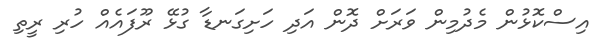
އިސްކޮޅުން މެދުމިން ވަރަށް ދޮން އަދި ހަށިގަނޑާ ގުޅޭ ރޫފައެއް ހުރި ރީތި